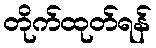
တိုက်ထုတ်ရန်